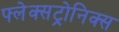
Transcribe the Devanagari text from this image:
फ्लेक्सट्रोनिक्स